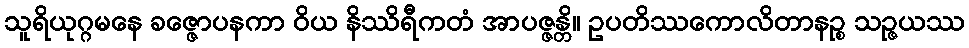
သူရိယုဂ္ဂမနေ ခဇ္ဇောပနကာ ဝိယ နိဿိရီကတံ အာပဇ္ဇန္တိ။ ဥပတိဿကောလိတာနဉ္စ သဉ္ဇယဿ